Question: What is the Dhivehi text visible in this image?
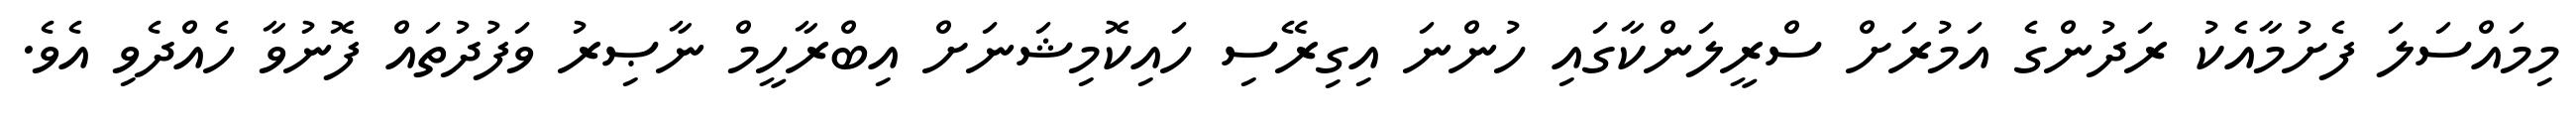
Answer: މިމައްސަލަ ފެށުމާއެކު ރަދުންގެ އަމުރަށް ސްރީލަންކާގައި ހުންނަ އިގިރޭސި ހައިކޮމިޝަނަށް އިބްރާހީމް ނާޞިރު ވަފުދުތައް ފޮނުވާ ހެއްދެވި އެވެ.